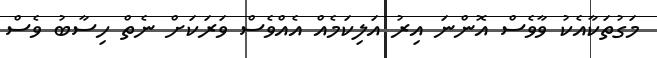
މަގުތަކާއެކު ވާވެސް އޮންނަ އިރު އަލިކަމެއް އެއްވެސް ވަރަކަށް ނެތް ހިސާބު ވެސް